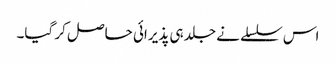
اس سلسلے نے جلد ہی پذیرائی حاصل کر گیا۔